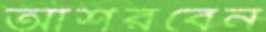
আশরবেন